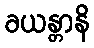
ခယန္တာနိ